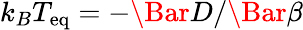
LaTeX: k_{B}T_{\mathrm{eq}}=-\Bar{D}/\Bar{\beta}